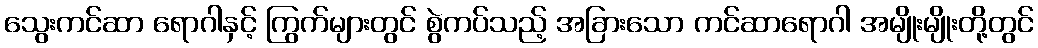
သွေးကင်ဆာ ရောဂါနှင့် ကြွက်များတွင် စွဲကပ်သည့် အခြားသော ကင်ဆာရောဂါ အမျိုးမျိုးတို့တွင်